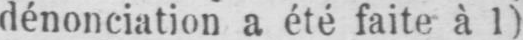
dénonciation a été faite à 1)